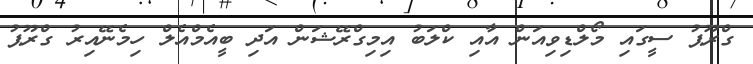
ގްރޫޕު ސީގައި މޯލްޑިވިއަން އާއި ކްލަބު އިމިގްރޭޝަން އަދި ބީއެމްއެލް ހިމެނޭއިރު ގްރޫޕު